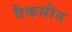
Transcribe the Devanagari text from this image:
वैकसीन